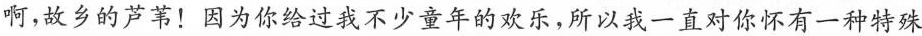
啊，故乡的芦苇！因为你给过我不少童年的欢乐，所以我一直对你怀有一种特殊